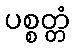
ပစ္စတ္တံ